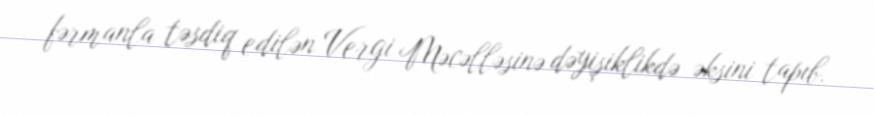
fərmanla təsdiq edilən Vergi Məcəlləsinə dəyişiklikdə əksini tapıb.